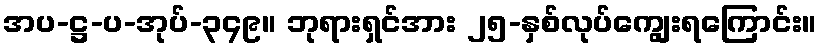
အပ-ဋ္ဌ-ပ-အုပ်-၃၄၉။ ဘုရားရှင်အား ၂၅-နှစ်လုပ်ကျွေးရကြောင်း။